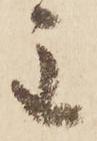
主